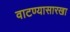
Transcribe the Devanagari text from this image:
वाटण्यासारखा